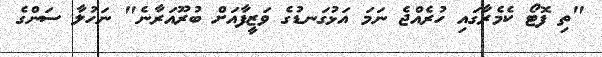
"ތި ފޮޓޯ ކެމެރާގައި ހުރެއްޖެ ނަމަ އަޅުގަނޑުގެ ވަޒީފާއަށް ބުރޫއަރާނެ" ނަހުލާ ސަންގެ